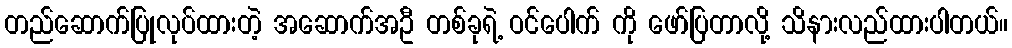
တည်ဆောက်ပြုလုပ်ထားတဲ့ အဆောက်အဦ တစ်ခုရဲ့ ဝင်ပေါက် ကို ဖော်ပြတာလို့ သိနားလည်ထားပါတယ်။